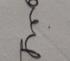
Signature authenticity: genuine